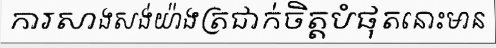
ការសាងសង់យ៉ាងត្រជាក់ចិត្តបំផុតនោះមាន